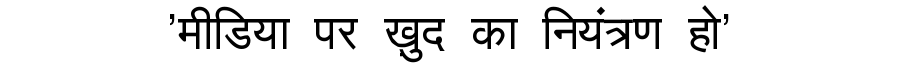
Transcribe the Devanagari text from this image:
'मीडिया पर ख़ुद का नियंत्रण हो'